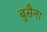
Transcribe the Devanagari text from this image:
बुसैना